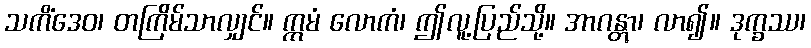
သကိံဒေဝ၊ တကြိမ်သာလျှင်။ ဣမံ လောကံ၊ ဤလူ့ပြည်သို့။ အာဂန္တွာ၊ လာ၍။ ဒုက္ခဿ၊